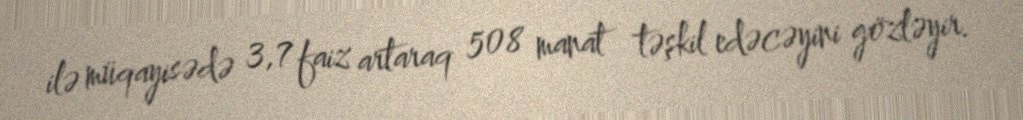
ilə müqayisədə 3,7 faiz artaraq 508 manat təşkil edəcəyini gözləyir.